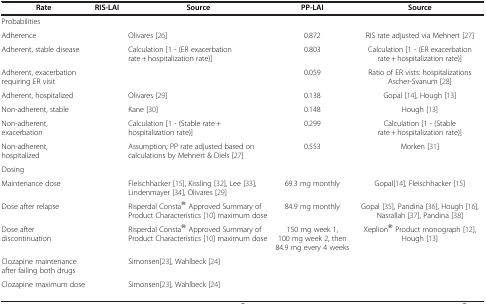
<table><thead><tr><td><b>Rate</b></td><td><b>RIS-LAI</b></td><td><b>Source</b></td><td><b>PP-LAI</b></td><td><b>Source</b></td></tr></thead><tbody><tr><td colspan="5">Probabilities</td></tr><tr><td>Adherence</td><td>[EMPTY_CELL]</td><td>Olivares [26]</td><td>0.872</td><td>RIS rate adjusted via Mehnert [27]</td></tr><tr><td>Adherent, stable disease</td><td>[EMPTY_CELL]</td><td>Calculation [1 - (ER exacerbation rate + hospitalization rate)]</td><td>0.803</td><td>Calculation [1 - (ER exacerbation rate + hospitalization rate)]</td></tr><tr><td>Adherent, exacerbation requiring ER visit</td><td>[EMPTY_CELL]</td><td>[EMPTY_CELL]</td><td>0.059</td><td>Ratio of ER vists: hospitalizations Ascher-Svanum [28]</td></tr><tr><td>Adherent, hospitalized</td><td>[EMPTY_CELL]</td><td>Olivares [29]</td><td>0.138</td><td>Gopal [14], Hough [13]</td></tr><tr><td>Non-adherent, stable</td><td>[EMPTY_CELL]</td><td>Kane [30]</td><td>0.148</td><td>Hough [13]</td></tr><tr><td>Non-adherent, exacerbation</td><td>[EMPTY_CELL]</td><td>Calculation [1 - (Stable rate + hospitalization rate)]</td><td>0.299</td><td>Calculation [1 - (Stable rate + hospitalization rate)]</td></tr><tr><td>Non-adherent, hospitalized</td><td>[EMPTY_CELL]</td><td>Assumption; PP rate adjusted based on calculations by Mehnert &amp; Diels [27]</td><td>0.553</td><td>Morken [31]</td></tr><tr><td colspan="5">Dosing</td></tr><tr><td>Maintenance dose</td><td>[EMPTY_CELL]</td><td>Fleischhacker [15], Kissling [32], Lee [33], Lindenmayer [34], Olivares [29]</td><td>69.3 mg monthly</td><td>Gopal[14], Fleischhacker [15]</td></tr><tr><td>Dose after relapse</td><td>[EMPTY_CELL]</td><td>Risperdal Consta® Approved Summary of Product Characteristics [10] maximum dose</td><td>84.9 mg monthly</td><td>Gopal [35], Pandina [36], Hough [16], Nasrallah [37], Pandina [38]</td></tr><tr><td>Dose after discontinuation</td><td>[EMPTY_CELL]</td><td>Risperdal Consta® Approved Summary of Product Characteristics [10] maximum dose</td><td>150 mg week 1, 100 mg week 2, then 84.9 mg every 4 weeks</td><td>Xeplion® Product monograph [12], Hough [13]</td></tr><tr><td>Clozapine maintenance after failing both drugs</td><td>[EMPTY_CELL]</td><td>Simonsen[23], Wahlbeck [24]</td><td>[EMPTY_CELL]</td><td>[EMPTY_CELL]</td></tr><tr><td>Clozapine maximum dose</td><td>[EMPTY_CELL]</td><td>Simonsen[23], Wahlbeck [24]</td><td>[EMPTY_CELL]</td><td>[EMPTY_CELL]</td></tr></tbody></table>